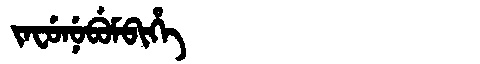
Manchu: ᠵᠠᠸᡠᠨᡠᠪᡠᠮᠪᡳᡥᡝ
Romanization: JAFUNUBUMBIHE